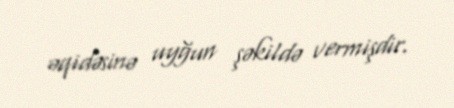
əqidəsinə uyğun şəkildə vermişdir.